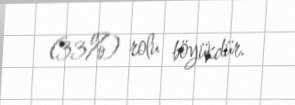
(33%) rolu böyükdür.